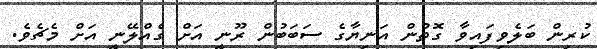
ކުރިން ބަލެވިފައިވާ ގޮތުން އަނިޔާގެ ސަބަބުން ރޫނީ އަށް ގެއްލޭނީ އަށް މެޗެވެ.